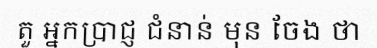
តួ អ្នកប្រាជ្ញ ជំនាន់ មុន ចែង ថា